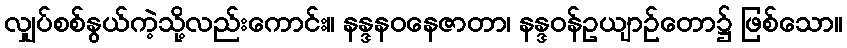
လျှပ်စစ်နွယ်ကဲ့သို့လည်းကောင်း။ နန္ဒနဝနေဇာတာ၊ နန္ဒဝန်ဥယျာဉ်တော၌ ဖြစ်သော။